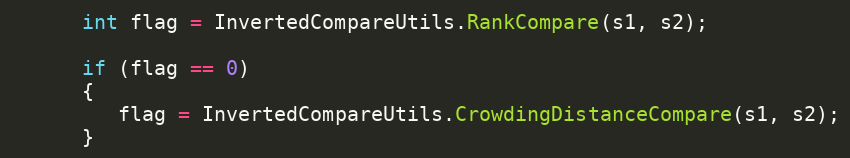
Language: Java
      int flag = InvertedCompareUtils.RankCompare(s1, s2);

      if (flag == 0)
      {
         flag = InvertedCompareUtils.CrowdingDistanceCompare(s1, s2);
      }